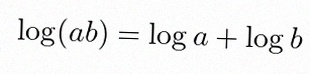
\log(ab)=\log a+\log b